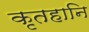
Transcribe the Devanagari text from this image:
कृतहानि